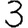
Digit: 3